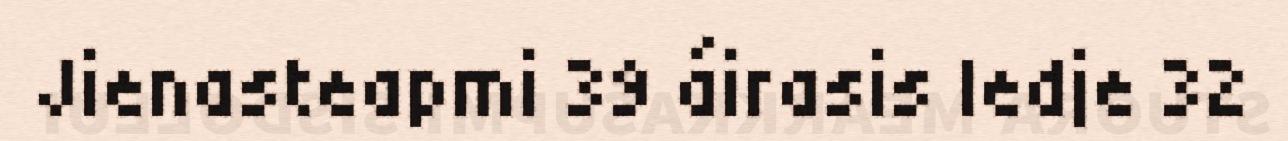
Jienasteapmi 39 áirasis ledje 32